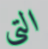
التي